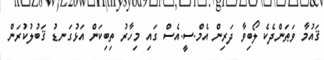
ޤައުމާ ވަޠަންދެކެ ލޯބިވާ ދަރިން އެމް.ސީ.އެސް ގައި މިހާރު ތިބިކަން އަޅުގަނޑު ޤަބުލުކުރަން